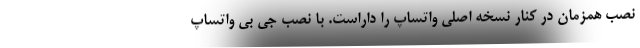
نصب همزمان در کنار نسخه اصلی واتساپ را داراست. با نصب جی بی واتساپ